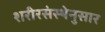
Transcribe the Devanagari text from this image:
शरीरसंस्थेनुसार